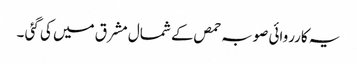
یہ کارروائی صوبہ حمص کے شمال مشرق میں کی گئی ۔